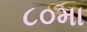
૮૦મા